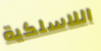
اللاسلكية